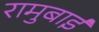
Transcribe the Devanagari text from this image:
रामुबाई